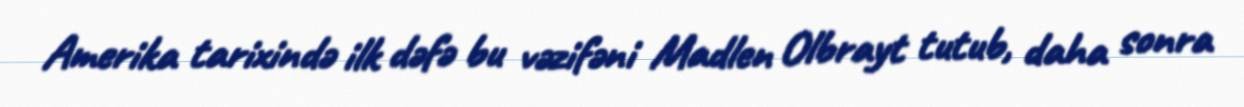
Amerika tarixində ilk dəfə bu vəzifəni Madlen Olbrayt tutub, daha sonra